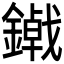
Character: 𮣃